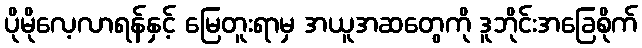
ပိုမိုလေ့လာရန်နှင့် မြေတူးရာမှ အယူအဆတွေကို ဒူဘိုင်းအခြေစိုက်